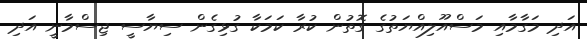
އަދި މަގާމާއި މަސްއޫލިއްޔަތުގެ ގޮތުން ކުރާ ކަމަކާ ގުޅިގެން ސިޔާސީ ޖިސްމާނީ އަދި